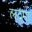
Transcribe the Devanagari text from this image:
लदमा